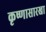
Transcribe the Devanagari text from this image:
कृष्णासारखा